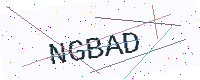
Text: NGBAD